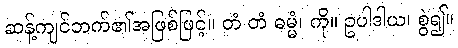
ဆန့်ကျင်ဘက်၏အဖြစ်ဖြင့်။ တံ တံ ဓမ္မံ၊ ကို။ ဥပါဒါယ၊ စွဲ၍။